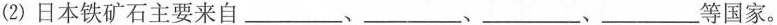
(2)日本铁矿石主要来自___、___、___、___等国家。